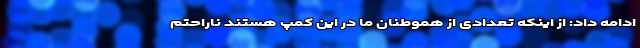
ادامه داد: از اینکه تعدادی از هموطنان ما در این کمپ هستند ناراحتم